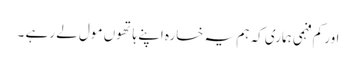
اور کم فہمی ہماری کہ ہم یہ خسارہ اپنے ہاتھوں مول لے رہے ۔